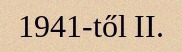
1941-től II.